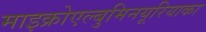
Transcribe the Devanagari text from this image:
माइक्रोएल्बुमिनयूरियाका